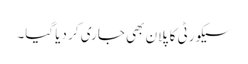
سیکورٹی کا پلان بھی جاری کر دیا گیا۔